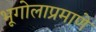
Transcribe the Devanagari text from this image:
भूगोलाप्रमाणे